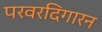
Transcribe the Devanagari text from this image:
परवरदिगारन